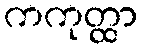
ကကုတ္ထာ